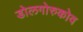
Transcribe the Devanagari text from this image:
डोलगोरुकोव